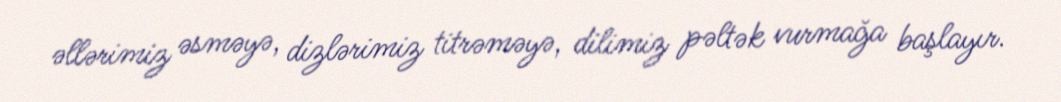
əllərimiz əsməyə, dizlərimiz titrəməyə, dilimiz pəltək vurmağa başlayır.